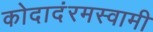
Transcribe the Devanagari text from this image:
कोदादंरमस्वामी